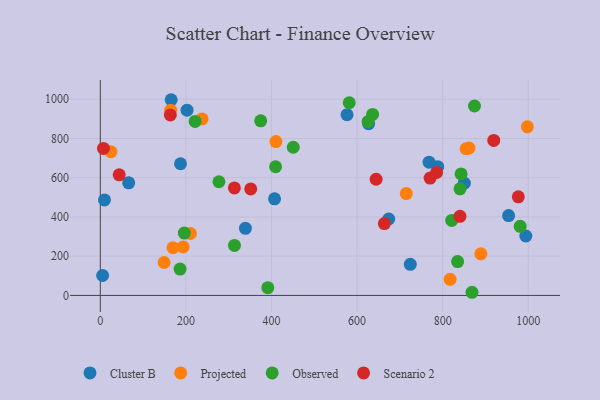
{"axis": {"x": "Ad Spend", "y": "Profit"}, "legend": ["Cluster B", "Observed", "Projected", "Scenario 2"], "data": [{"x": "9.7", "y": 487.1, "type": "Cluster B"}, {"x": "954.1", "y": 407.2, "type": "Cluster B"}, {"x": "674.0", "y": 389.7, "type": "Cluster B"}, {"x": "187.4", "y": 671.2, "type": "Cluster B"}, {"x": "5.4", "y": 101.7, "type": "Cluster B"}, {"x": "850.7", "y": 572.5, "type": "Cluster B"}, {"x": "788.5", "y": 656.2, "type": "Cluster B"}, {"x": "576.6", "y": 921.5, "type": "Cluster B"}, {"x": "407.2", "y": 492.4, "type": "Cluster B"}, {"x": "165.6", "y": 997.7, "type": "Cluster B"}, {"x": "626.9", "y": 875.7, "type": "Cluster B"}, {"x": "994.4", "y": 302.9, "type": "Cluster B"}, {"x": "66.3", "y": 574.1, "type": "Cluster B"}, {"x": "724.4", "y": 158.5, "type": "Cluster B"}, {"x": "339.1", "y": 342.2, "type": "Cluster B"}, {"x": "768.3", "y": 679.1, "type": "Cluster B"}, {"x": "202.7", "y": 944.2, "type": "Cluster B"}, {"x": "854.8", "y": 747.8, "type": "Projected"}, {"x": "164.4", "y": 944.2, "type": "Projected"}, {"x": "715.0", "y": 519.2, "type": "Projected"}, {"x": "169.8", "y": 243.0, "type": "Projected"}, {"x": "149.1", "y": 168.0, "type": "Projected"}, {"x": "410.3", "y": 784.6, "type": "Projected"}, {"x": "24.9", "y": 732.5, "type": "Projected"}, {"x": "889.3", "y": 211.9, "type": "Projected"}, {"x": "210.6", "y": 315.7, "type": "Projected"}, {"x": "193.6", "y": 247.3, "type": "Projected"}, {"x": "861.6", "y": 751.6, "type": "Projected"}, {"x": "237.8", "y": 899.9, "type": "Projected"}, {"x": "817.4", "y": 82.1, "type": "Projected"}, {"x": "998.0", "y": 859.6, "type": "Projected"}, {"x": "391.4", "y": 39.3, "type": "Observed"}, {"x": "843.1", "y": 619.5, "type": "Observed"}, {"x": "196.3", "y": 318.0, "type": "Observed"}, {"x": "581.7", "y": 982.3, "type": "Observed"}, {"x": "186.4", "y": 134.5, "type": "Observed"}, {"x": "277.2", "y": 579.6, "type": "Observed"}, {"x": "450.9", "y": 755.5, "type": "Observed"}, {"x": "221.5", "y": 886.9, "type": "Observed"}, {"x": "981.2", "y": 352.1, "type": "Observed"}, {"x": "313.5", "y": 254.8, "type": "Observed"}, {"x": "835.0", "y": 172.4, "type": "Observed"}, {"x": "625.7", "y": 886.4, "type": "Observed"}, {"x": "840.6", "y": 543.6, "type": "Observed"}, {"x": "636.3", "y": 923.0, "type": "Observed"}, {"x": "409.6", "y": 656.0, "type": "Observed"}, {"x": "868.6", "y": 16.1, "type": "Observed"}, {"x": "821.2", "y": 382.2, "type": "Observed"}, {"x": "374.8", "y": 889.9, "type": "Observed"}, {"x": "874.4", "y": 965.8, "type": "Observed"}, {"x": "313.3", "y": 548.0, "type": "Scenario 2"}, {"x": "840.5", "y": 403.4, "type": "Scenario 2"}, {"x": "785.9", "y": 626.7, "type": "Scenario 2"}, {"x": "919.4", "y": 790.3, "type": "Scenario 2"}, {"x": "7.4", "y": 749.6, "type": "Scenario 2"}, {"x": "976.8", "y": 502.8, "type": "Scenario 2"}, {"x": "663.8", "y": 366.1, "type": "Scenario 2"}, {"x": "351.5", "y": 543.0, "type": "Scenario 2"}, {"x": "163.6", "y": 920.2, "type": "Scenario 2"}, {"x": "644.5", "y": 592.3, "type": "Scenario 2"}, {"x": "44.1", "y": 615.1, "type": "Scenario 2"}, {"x": "770.7", "y": 598.2, "type": "Scenario 2"}]}